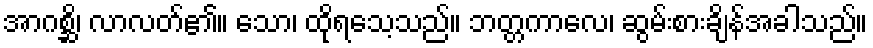
အာဂစ္ဆိ၊ လာလတ်၏။ သော၊ ထိုရသေ့သည်။ ဘတ္တကာလေ၊ ဆွမ်းစားချိန်အခါသည်။